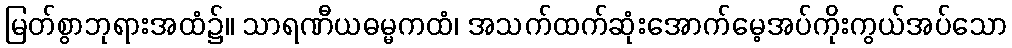
မြတ်စွာဘုရားအထံ၌။ သာရဏီယဓမ္မကထံ၊ အသက်ထက်ဆုံးအောက်မေ့အပ်ကိုးကွယ်အပ်သော